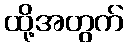
ထို့အတွက်